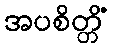
အပစိတ္တိံ